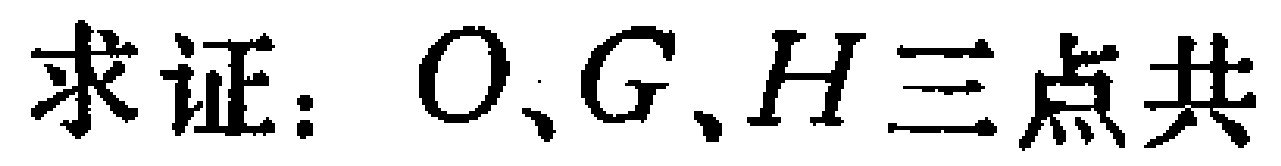
求证：\(O、G、H\)三点共